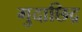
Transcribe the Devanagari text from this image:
गुदाछिद्र